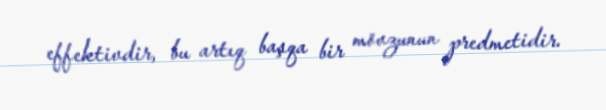
effektivdir, bu artıq başqa bir mövzunun predmetidir.